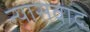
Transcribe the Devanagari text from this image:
न्यासवाद